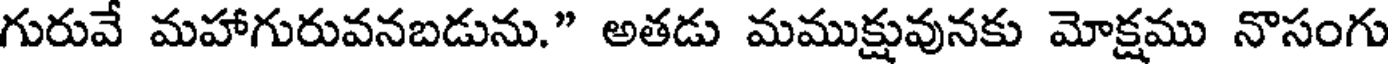
గురువే మహాగురువనబడును." అతడు మముక్షువునకు మోక్షము నొసంగు